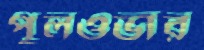
পুলওভার